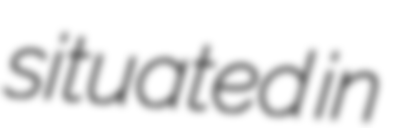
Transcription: situated in